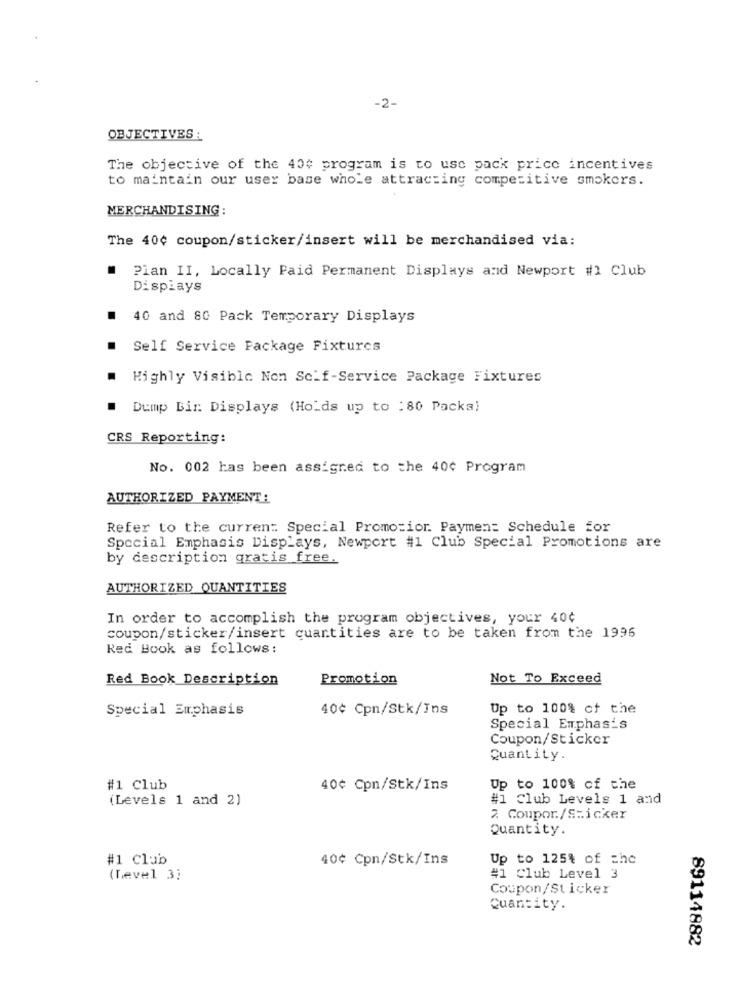
-2-
OBJECTIVES :
The objective of the 40¢ program is to use pack price incentives
to maintain our user base whole attracting competitive smokers.
MERCHANDISING :
The 40¢ coupon/sticker/insert will be merchandised via:
.
Plan II, Locally Paid Permanent Displays and Newport #1 Club
Displays
40 and 80 Pack Temporary Displays
Self Service Package Fixtures
Highly Visible Non Self-Service Package Fixtures
Dump Bir. Displays (Holds up to : 80 Packa)
CRS Reporting:
No. 002 has been assigned to the 40¢ Program
AUTHORIZED PAYMENT:
Refer to the curren: Special Promozior. Paymen: Schedule for
Special Emphasis Displays, Newport #1 Club Special Promotions are
by description gratis free.
AUTHORIZED QUANTITIES
In order to accomplish the program objectives, your 40¢
coupon/sticker/insert quantities are to be taken from the 1996
Red Book as follows:
Red Book Description
Promotion
Not To Exceed
Special Emphasis
40¢ Cpn/Stk/Ins
Up to 100% of the
Special Emphasis
Coupon/Sticker
Quantity.
#1 Club
40¢ Cpn/Stk/Ins
Up to 100% of the
(Levels 1 and 2)
#1 Club Levels 1 and
2. Coupor/Sticker
Quantity.
#1 Club
40¢ Cpn/Stk/Ins
Up to 125% of the
(Level 3)
#1 Club Level 3
Coupon/Sticker
Quantity.
89114882